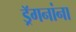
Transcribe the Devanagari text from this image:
ड्रॅगनांना